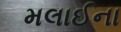
મલાઈના